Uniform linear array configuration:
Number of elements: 32
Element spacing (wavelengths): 0.75
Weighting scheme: hamming
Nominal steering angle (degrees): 60
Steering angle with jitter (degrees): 58.41
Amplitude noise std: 0.05
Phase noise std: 0.05

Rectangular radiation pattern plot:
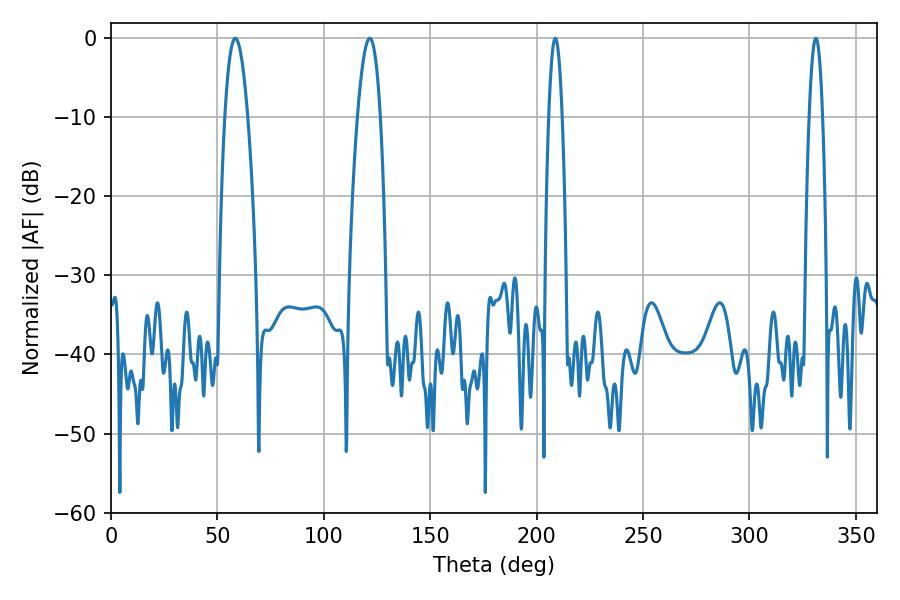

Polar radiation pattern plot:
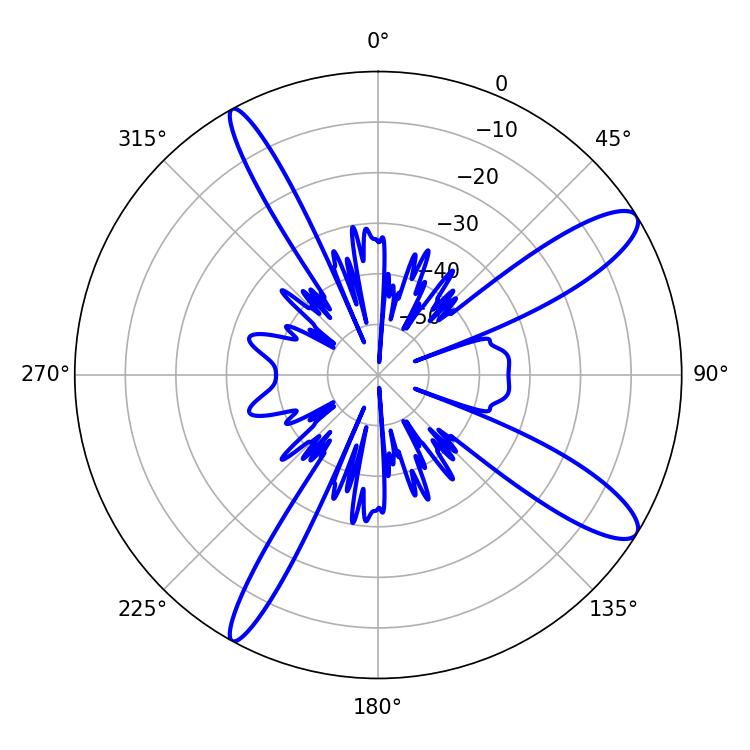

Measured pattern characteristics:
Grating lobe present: TRUE
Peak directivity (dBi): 11.984
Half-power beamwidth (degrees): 3.42
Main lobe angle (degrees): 208.8